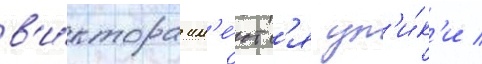
в'и́ктора им'е́ютс'я ул'и́к'и /